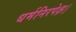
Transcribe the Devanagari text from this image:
धर्मनिरपेक्ष।